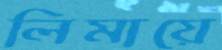
লিমায়ে